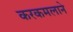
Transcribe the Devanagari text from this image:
करकमलाने